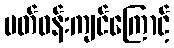
ပတ်ဝန်းကျင်ကြောင့်